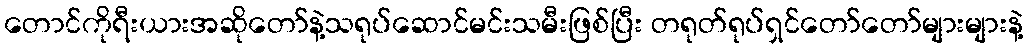
တောင်ကိုရီးယားအဆိုတော်နဲ့သရုပ်ဆောင်မင်းသမီးဖြစ်ပြီး တရုတ်ရုပ်ရှင်တော်တော်များများနဲ့